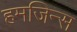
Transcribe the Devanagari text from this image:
हमजिन्स